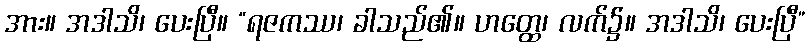
အား။ အဒါသိ၊ ပေးပြီ။ “ရဇကဿ၊ ခါသည်၏။ ဟတ္ထေ၊ လက်၌။ အဒါသိ၊ ပေးပြီ”